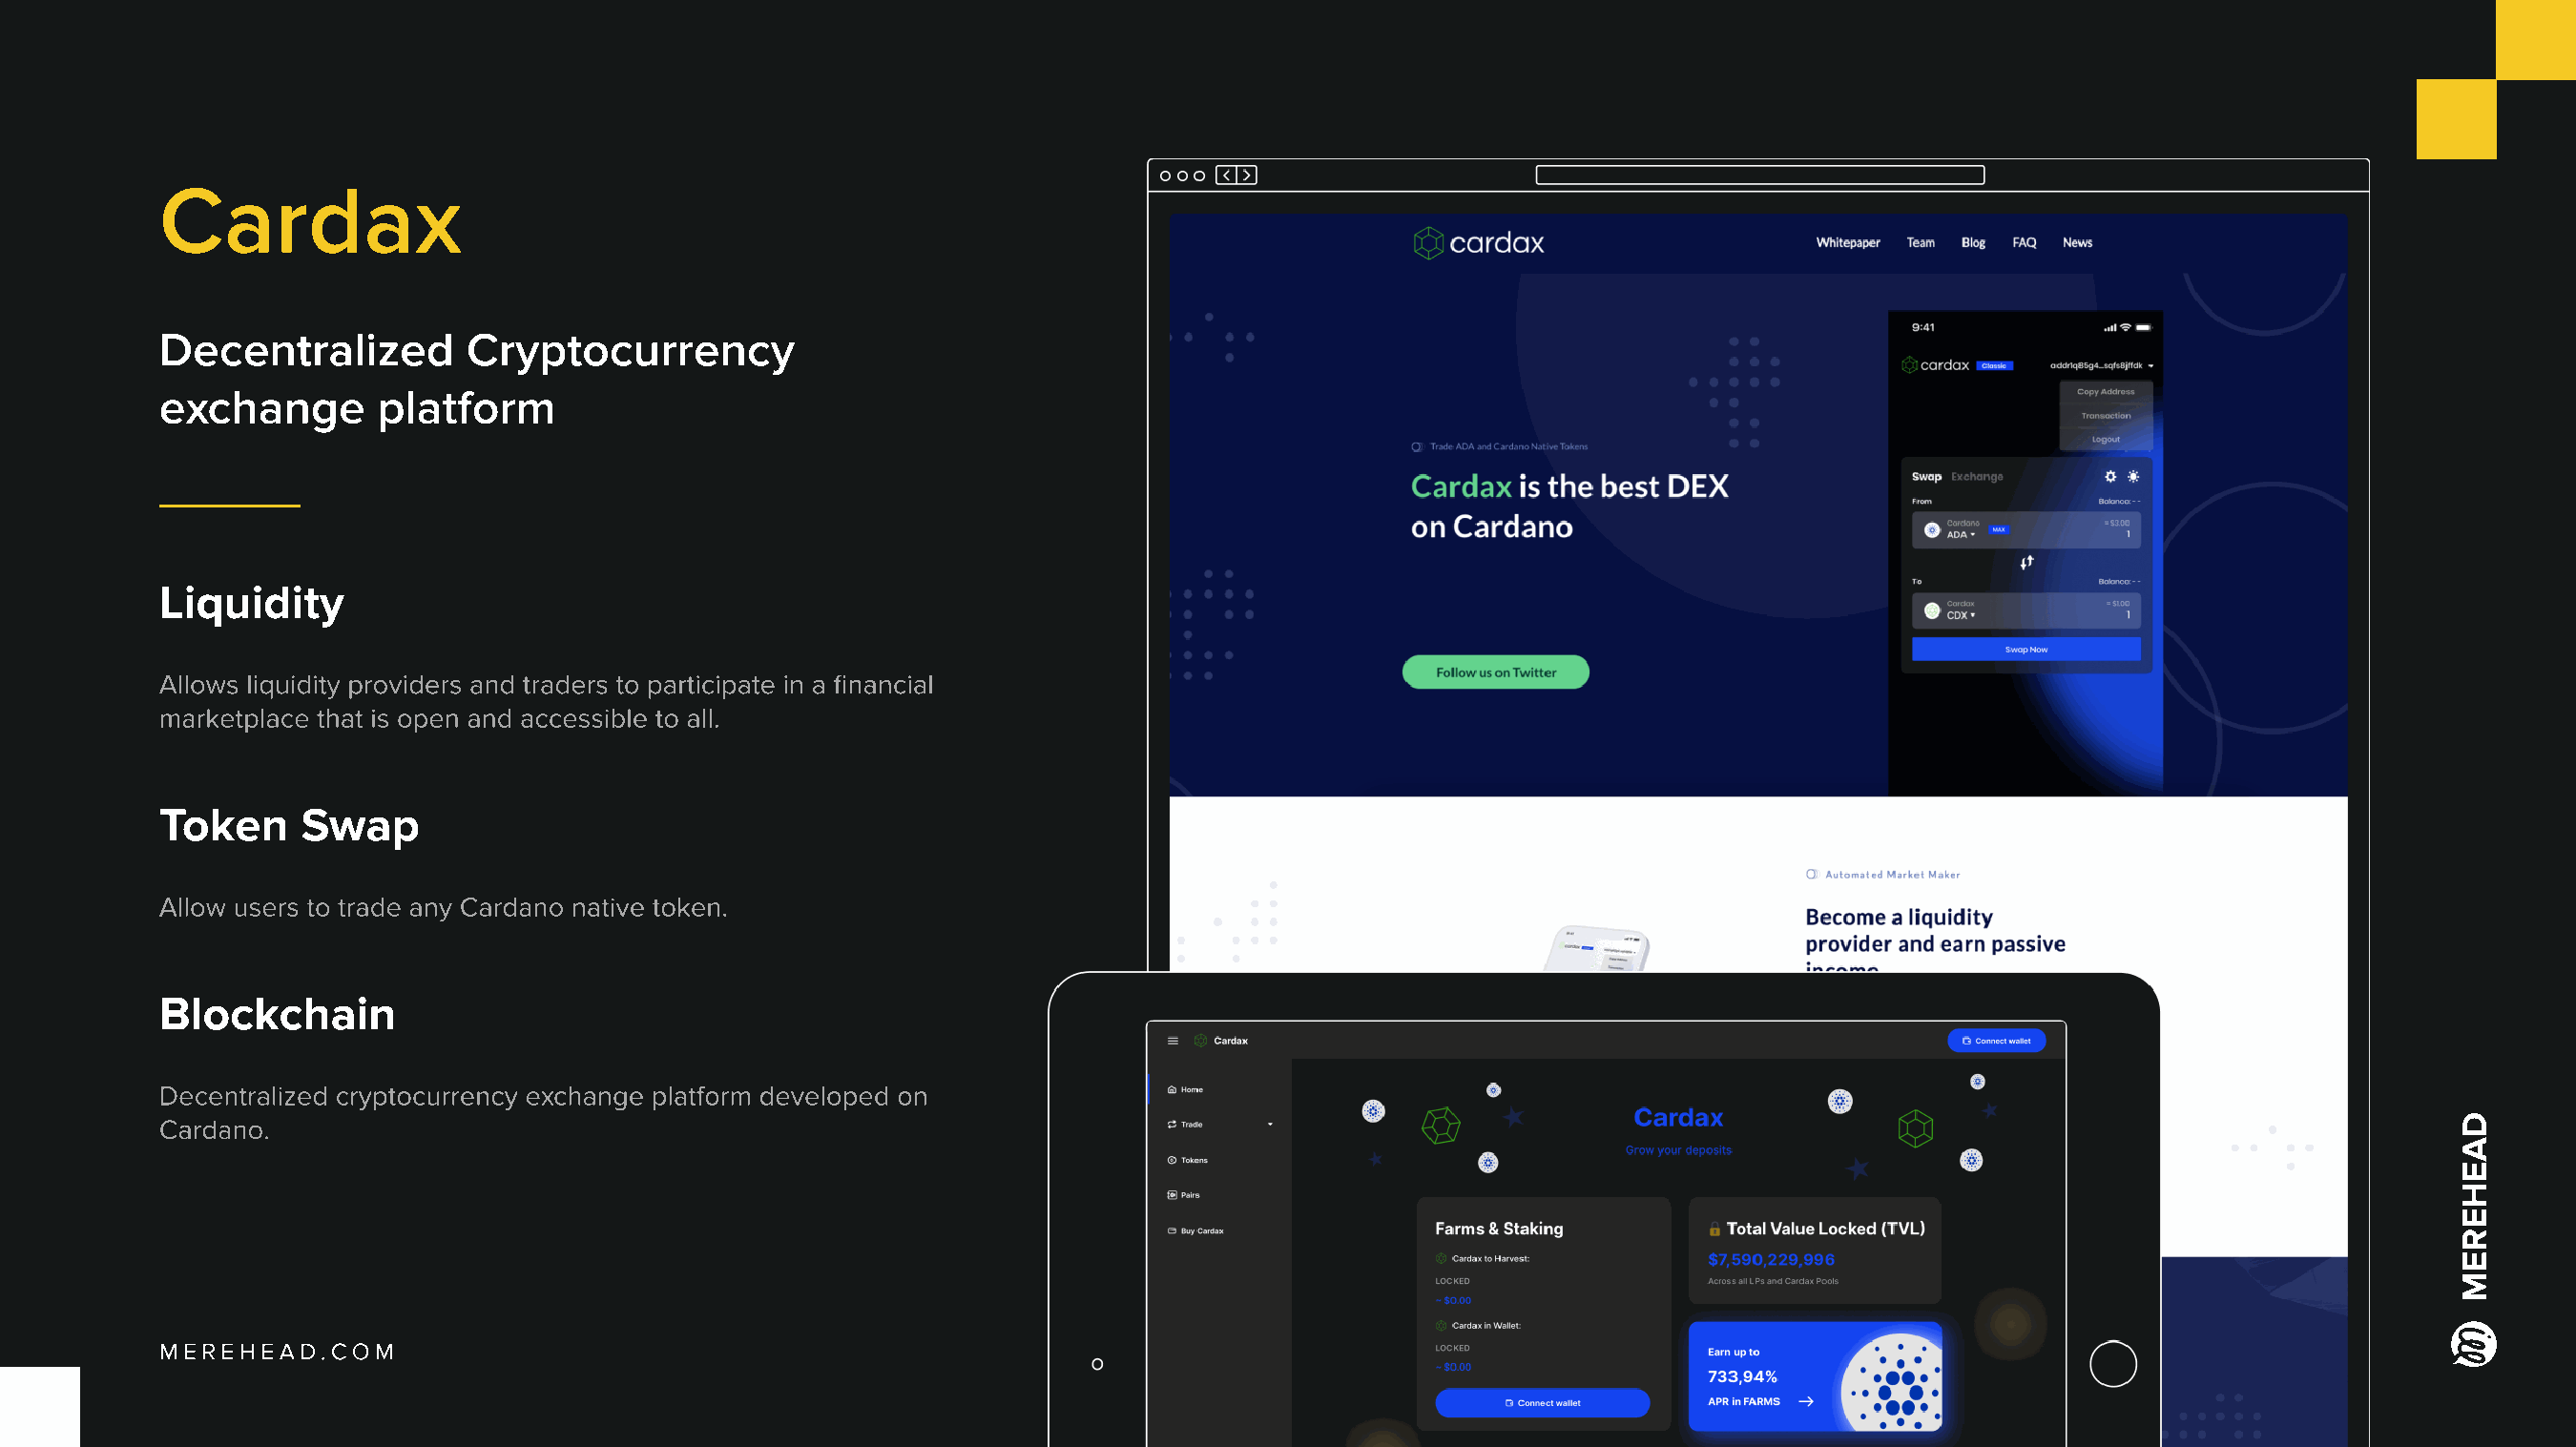
Cardax
 Decentralized        Cryptocurrency
 exchange       platform
 Liquidity
 Allows liquidity providers and traders to participate in a financial
 marketplace that is open and accessible to all.
 Token     Swap
 Allow users to trade any Cardano native token.
 Blockchain
 Decentralized cryptocurrency exchange platform developed on
 Cardano.
 Merehead.com